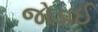
જોડાઈ